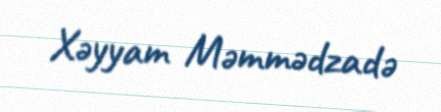
Xəyyam Məmmədzadə